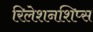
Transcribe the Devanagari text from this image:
रिलेशनशिप्स